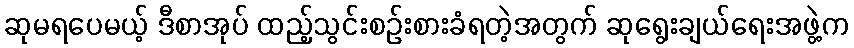
ဆုမရပေမယ့် ဒီစာအုပ် ထည့်သွင်းစဉ်းစားခံရတဲ့အတွက် ဆုရွေးချယ်ရေးအဖွဲ့က